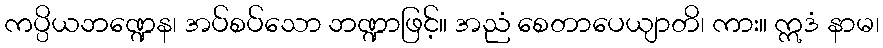
ကပ္ပိယဘဏ္ဍေန၊ အပ်စပ်သော ဘဏ္ဍာဖြင့်။ အညံ စေတာပေယျာတိ၊ ကား။ ဣဒံ နာမ၊